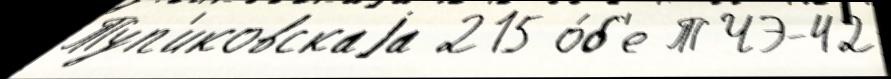
Туп'иковскаjа 215 о́б'е ТЧЭ-42